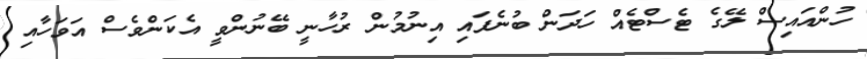
ހުންއައިސް ލޭގެ ޓެސްޓެއް ހަދަން ބުނެފައި އިނުމުން ރުހާނީ ބޭނުންވީ އެކަންވެސް އަވަހާއި